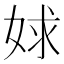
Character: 㛏